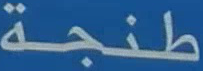
طنجة